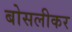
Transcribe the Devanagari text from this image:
बोसलीकर